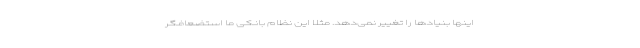
اینها بنیادها را تغییر نمی‌دهد. مثلاً این نظام بانکی ما استضعافگر